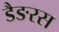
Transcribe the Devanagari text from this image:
डैङरस